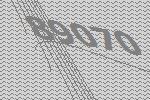
89070